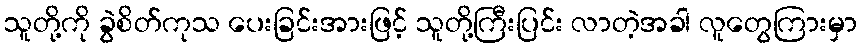
သူတို့ကို ခွဲစိတ်ကုသ ပေးခြင်းအားဖြင့် သူတို့ကြီးပြင်း လာတဲ့အခါ လူတွေကြားမှာ